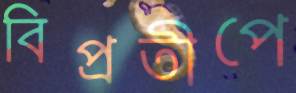
বিপ্রতীপে